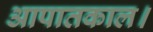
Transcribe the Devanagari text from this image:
आपातकाल।